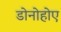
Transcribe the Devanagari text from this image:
डोनोहोए